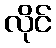
လိုင်